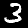
Label: 3